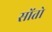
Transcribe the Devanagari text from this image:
सोंतो